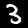
Digit: 3